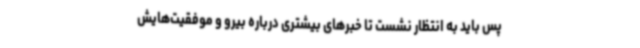
پس باید به انتظار نشست تا خبرهای بیشتری درباره بیرو و موفقیت‌هایش